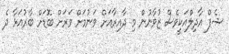
ޝެފް އާދިލްއަކީވެސް ޒުވާނުން މި ދާއިރާއަށް ވަނުމަށް ވަރަށް ބޮޑަށް ބާރުއަޅާ ދެ